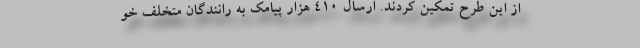
از این طرح تمکین کردند. ارسال ۴۱۰ هزار پیامک به رانندگان متخلف خو